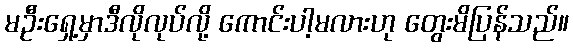
မဦးရှေ့မှာဒီလိုလုပ်လို့ ကောင်းပါ့မလားဟု တွေးမိပြန်သည်။